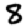
Digit: 8